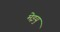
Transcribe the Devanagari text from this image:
मेइयु